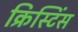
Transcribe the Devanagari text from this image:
क्रिस्टिंस